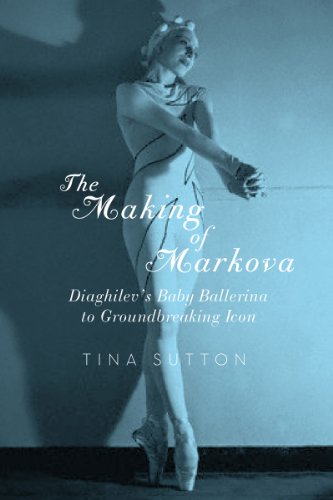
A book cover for The Making of Markova: Diaghilev's Baby Ballerina to Groundbreaking Icon; Tina Sutton; Biographies & Memoirs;